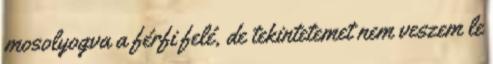
mosolyogva a férfi felé, de tekintetemet nem veszem le